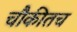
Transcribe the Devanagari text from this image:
चौकीतच